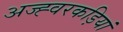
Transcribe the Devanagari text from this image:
अज्ह्वरकड़ियां